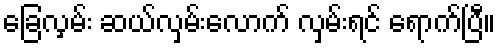
ခြေလှမ်း ဆယ်လှမ်းလောက် လှမ်းရင် ရောက်ပြီ။